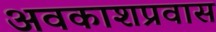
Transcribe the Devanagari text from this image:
अवकाशप्रवास